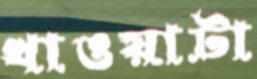
খাওয়াটা